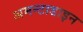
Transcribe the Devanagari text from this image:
अमन्टाडाइन